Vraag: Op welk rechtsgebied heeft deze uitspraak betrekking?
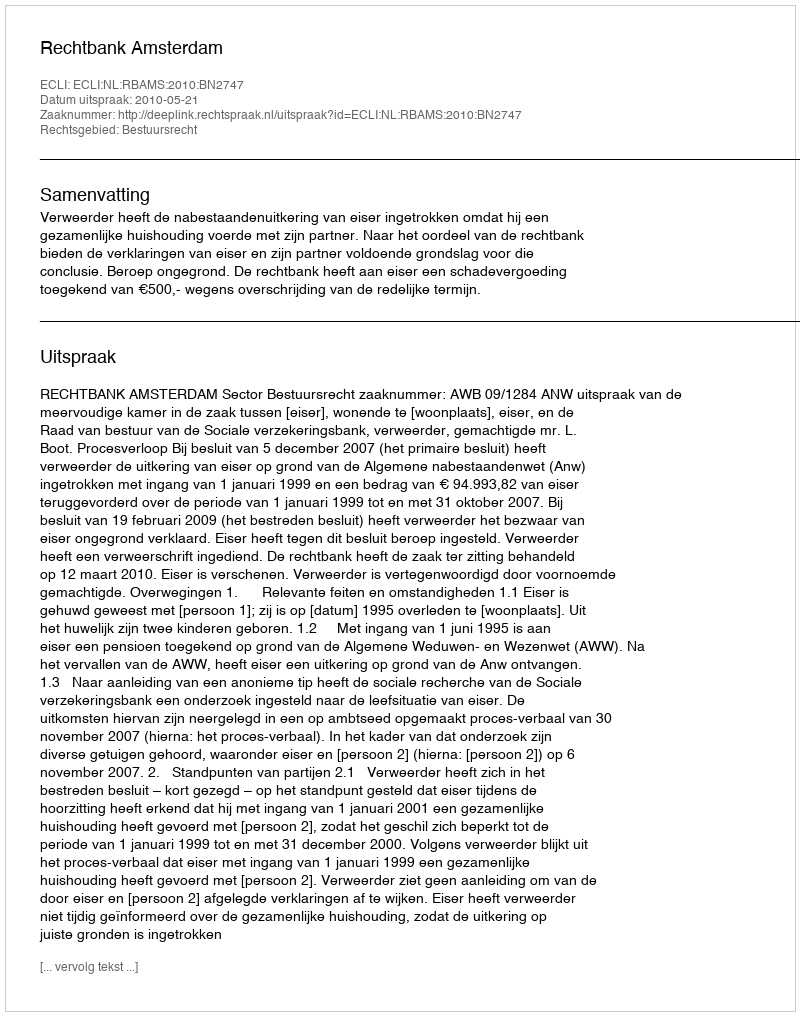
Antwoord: Bestuursrecht